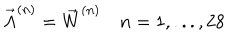
{ \vec { \Lambda } } ^ { ( n ) } = { \vec { W } } ^ { ( n ) } \quad n = 1 , . . . , 2 8